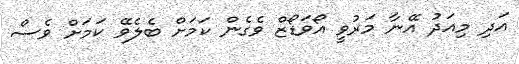
އަދި މިއަދު އޭނާ މަރުވީ އޯވަޑޯޒް ވެގެން ކަމަށް ބެލެވޭ ކަމަށް ވެސް